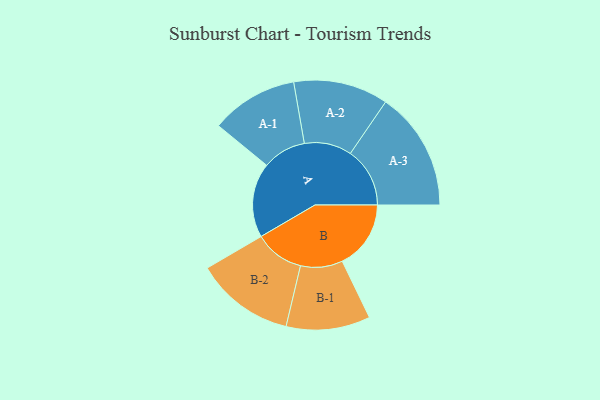
{"axis": {"x": "Segment", "y": "Value"}, "legend": ["", "A", "B"], "data": [{"x": "A", "y": 277, "type": ""}, {"x": "B", "y": 255, "type": ""}, {"x": "A-1", "y": 162, "type": "A"}, {"x": "A-2", "y": 176, "type": "A"}, {"x": "A-3", "y": 221, "type": "A"}, {"x": "B-1", "y": 156, "type": "B"}, {"x": "B-2", "y": 184, "type": "B"}]}